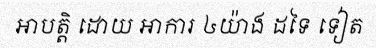
អាបត្តិ ដោយ អាការ ៤យ៉ាង ដទៃ ទៀត